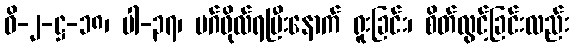
ဝိ-၂-ဋ္ဌ-၁၈၊ ပါ-၃၇၊ မဂ်ဖိုလ်ရပြီးနောက် ရူးခြင်း၊ စိတ်လွင့်ခြင်းလည်း